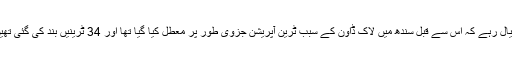
خیال رہے کہ اس سے قبل سندھ میں لاک ڈاون کے سبب ٹرین آپریشن جزوی طور پر معطل کیا گیا تھا اور 34 ٹرینیں بند کی گئی تھیں۔